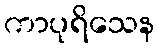
ကာပုရိသေန